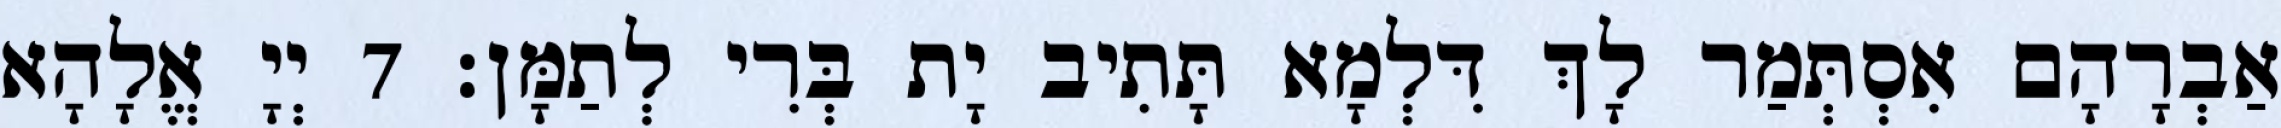
אַבְרָהָם אִסְתְּמַר לָךְ דִּלְמָא תָּתִיב יָת בְּרִי לְתַמָּן׃ 7 יְיָ אֱלָהָא